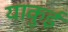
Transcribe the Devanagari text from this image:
याकुई